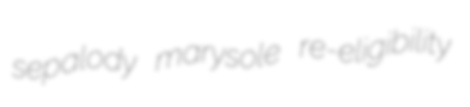
sepalody marysole re-eligibility